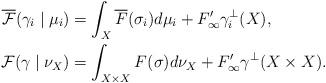
LaTeX: \begin{align*}\overline{\mathcal{F}}(\gamma_i \mid \mu_i) &= \int_X \overline F(\sigma_i)d\mu_i + F'_{\infty}\gamma_i^{\perp}(X),\\{\mathcal{F}}(\gamma \mid \nu_X) &= \int_{X\times X} F(\sigma)d\nu_X + F'_{\infty}\gamma^{\perp}(X\times X).\end{align*}